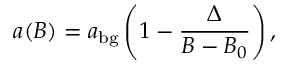
a ( B ) = a _ { \mathrm { { b g } } } \left( 1 - \frac { \Delta } { B - B _ { 0 } } \right) ,